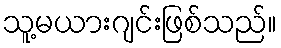
သူ့မယားဂျင်းဖြစ်သည်။